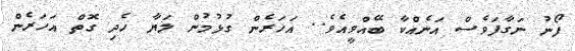
ފޯނު ނަގާފަވެސް އަނެއްކާ ބޭއްވީއެވެ.. އަހަރެން ގުޅުމުން ލަޔާ ހެދި ގޮތް އަހަރެން